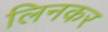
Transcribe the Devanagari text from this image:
लिनकर